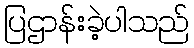
ပြဌာန်းခဲ့ပါသည်